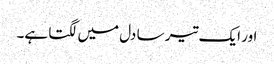
اور ایک تیر سا دل میں لگتا ہے۔